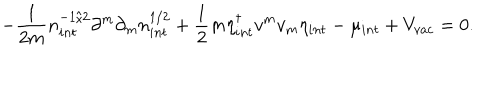
- \frac { 1 } { 2 m } n _ { i n t } ^ { - 1 / 2 } \partial ^ { m } \partial _ { m } n _ { i n t } ^ { 1 / 2 } + \frac { 1 } { 2 } m \eta _ { i n t } ^ { \dagger } v ^ { m } v _ { m } \eta _ { i n t } - \mu _ { i n t } + V _ { v a c } = 0 .